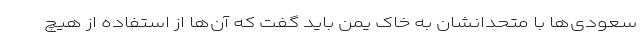
سعودی‌ها با متحدانشان به خاک یمن باید گفت که آن‌ها از استفاده از هیچ